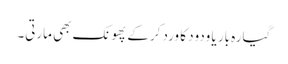
گیارہ بار یا ودود کا ورد کرکے پھونک بھی مارتی۔